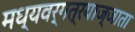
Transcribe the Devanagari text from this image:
मध्यवर्गत्रयाज्जाता